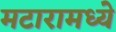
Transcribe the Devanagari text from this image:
मटारामध्ये